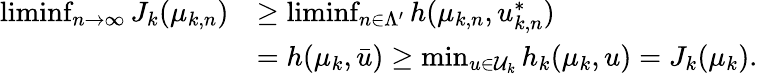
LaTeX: \begin{array}{rl}{\operatorname*{liminf}_{n\to\infty}J_{k}(\mu_{k,n})}&{\geq\operatorname*{liminf}_{n\in\Lambda^{\prime}}h(\mu_{k,n},u_{k,n}^{\ast})}\\ &{=h(\mu_{k},\bar{u})\geq\operatorname*{min}_{u\in\mathcal{U}_{k}}h_{k}(\mu_{k},u)=J_{k}(\mu_{k}).}\end{array}